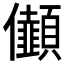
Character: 𠑯